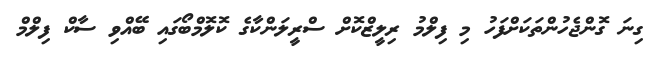
ގިނަ ގޮންޖެހުންތަކަށްފަހު މި ފިލްމު ރިލީޒްކޮށް ސްރީލަންކާގެ ކޮލޮމްބޯގައި ބޭއްވި ސާކް ފިލްމް